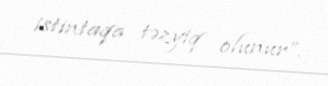
istintaqa təzyiq olunur”.